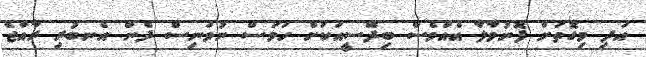
އަދި މިގޮތަށް ފޮނުވާލާ އެއްވެސް ބިދޭސީއަކަށް ހަމަސް ނުވަނިސް ދެން އެނބުރި ރާއްޖެ